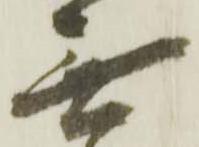
無